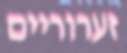
זערוריים